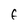
Character: F